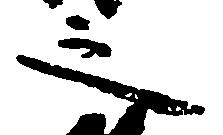
之